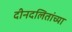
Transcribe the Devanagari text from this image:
दीनदलितांच्या